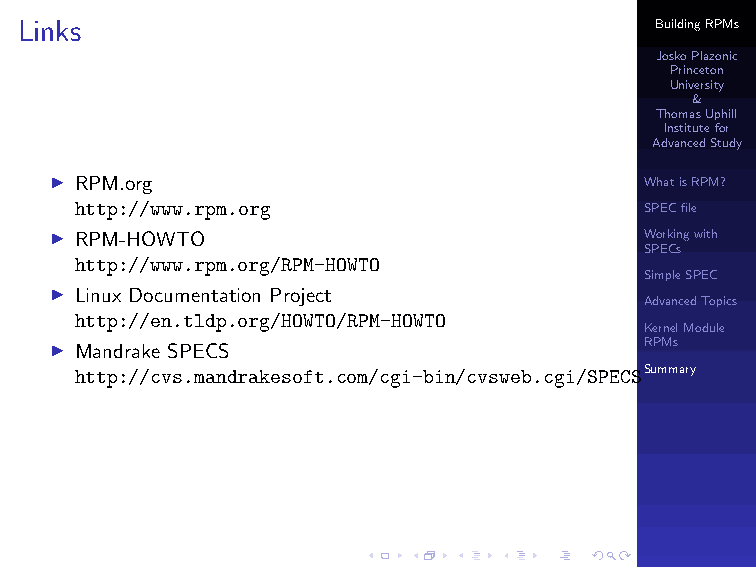
Links                                     BuildingRPMs
 JoskoPlazonic
 Princeton
 University
 &
 ThomasUphill
 Institutefor
 AdvancedStudy
 I RPM.org                               WhatisRPM?
 http://www.rpm.org                    SPECfile
 I RPM-HOWTO                             Workingwith
 SPECs
 http://www.rpm.org/RPM-HOWTO
 SimpleSPEC
 I Linux Documentation Project
 AdvancedTopics
 http://en.tldp.org/HOWTO/RPM-HOWTO
 KernelModule
 I Mandrake SPECS                        RPMs
 http://cvs.mandrakesoft.com/cgi-bin/cvsweb.cgi/SPECSSummary